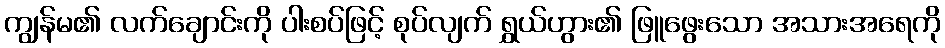
ကျွန်မ၏ လက်ချောင်းကို ပါးစပ်ဖြင့် စုပ်လျက် ရွှယ်ဟွား၏ ဖြူဖွေးသော အသားအရေကို